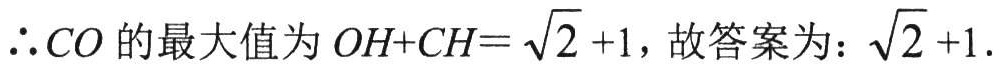
$\therefore CO$的最大值为$OH + CH = \sqrt{2}+1$，故答案为：$\sqrt{2}+1$.